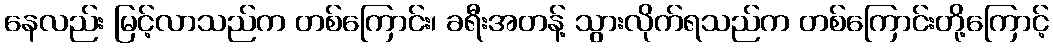
နေလည်း မြင့်လာသည်က တစ်ကြောင်း၊ ခရီးအတန့် သွားလိုက်ရသည်က တစ်ကြောင်းတို့ကြောင့်